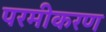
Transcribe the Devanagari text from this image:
परमीकरण